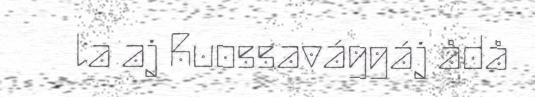
la aj Ruossavággáj ådå